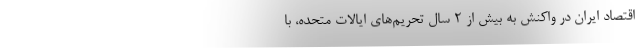
اقتصاد ایران در واکنش به بیش از 2 سال تحریم‌های ایالات متحده، با